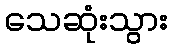
သေဆုံးသွား